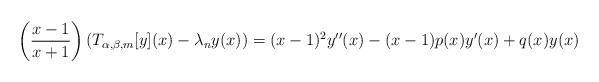
LaTeX: \begin{align*}\left(\frac{x-1}{x+1}\right)\left(T_{\alpha,\beta, m}[y](x)-\lambda_n y(x)\right)=(x-1)^2y''(x)-(x-1)p(x)y'(x)+q(x)y(x)\end{align*}